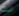
انت